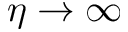
\eta \rightarrow \infty